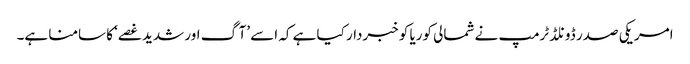
امریکی صدر ڈونلڈ ٹرمپ نے شمالی کوریا کو خبردار کیا ہے کہ اسے ’آگ اور شدید غصے‘ کا سامنا ہے۔